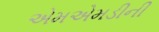
એમએમડીની